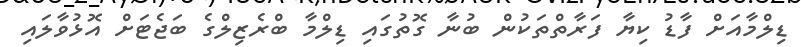
ޑިލްމާއަށް ފާޑު ކިޔާ ފަރާތްތަކުން ބުނާ ގޮތުގައި ޑިލްމާ ބްރެޒިލްގެ ބަޖެޓަށް އޮޅުވާލައި